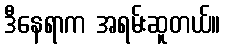
ဒီနေရာက အရမ်းဆူတယ်။